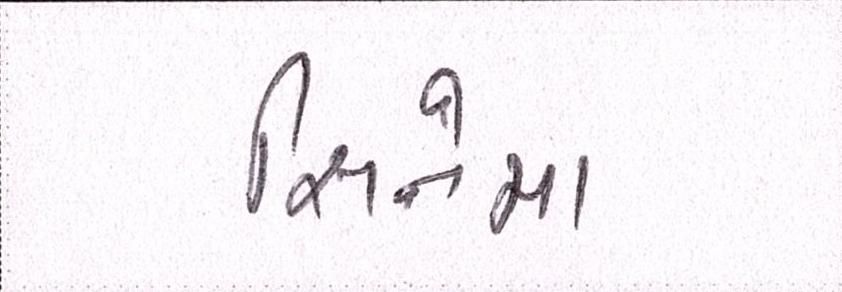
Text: સિનેમા